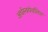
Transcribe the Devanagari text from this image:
अर्धस्वयंचलित